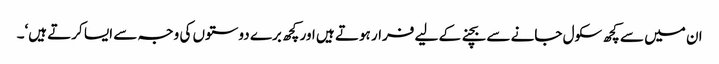
ان میں سے کچھ سکول جانے سے بچنے کے لیے فرار ہوتے ہیں اور کچھ برے دوستوں کی وجہ سے ایسا کرتے ہیں‘۔